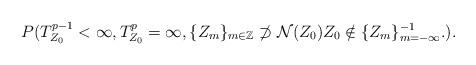
LaTeX: \begin{align*}P(T^{p-1}_{Z_0}<\infty, T^p_{Z_0}=\infty, \{Z_m\}_{m\in {\mathbb Z}} \not\supset {\cal N} (Z_{0}) Z_0\notin\{Z_m\}_{m=-\infty}^{-1}.). \end{align*}